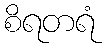
စိရတရံ